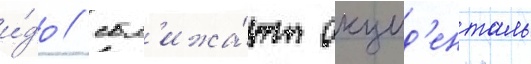
и́до / сбл'ижа́ют окцид'енталь